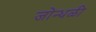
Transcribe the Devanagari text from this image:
जोन्धळी